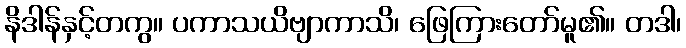
နိဒါန်နှင့်တကွ။ ပကာသယိဗျာကာသိ၊ ဖြေကြားတော်မူ၏။ တဒါ၊